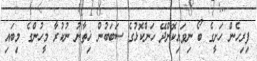
ފިރިހެން ހަށީގެ ބޯ ނިވައިކޮށްދޭ ހަންކޮޅުގެ ސަބަބުން ޚިތާނު ނުކުރާ މީހުންގެ މިބައި